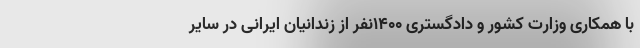
با همکاری وزارت کشور و دادگستری ۱۴۰۰نفر از زندانیان ایرانی در سایر